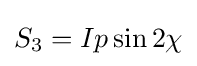
S_{3}=Ip\sin 2\chi